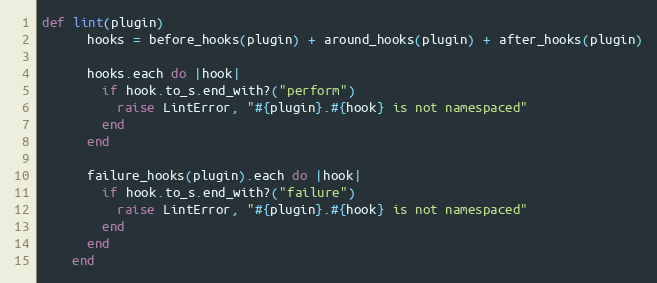
Language: Ruby
def lint(plugin)
      hooks = before_hooks(plugin) + around_hooks(plugin) + after_hooks(plugin)

      hooks.each do |hook|
        if hook.to_s.end_with?("perform")
          raise LintError, "#{plugin}.#{hook} is not namespaced"
        end
      end

      failure_hooks(plugin).each do |hook|
        if hook.to_s.end_with?("failure")
          raise LintError, "#{plugin}.#{hook} is not namespaced"
        end
      end
    end